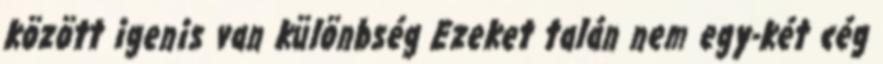
között igenis van különbség Ezeket talán nem egy-két cég